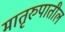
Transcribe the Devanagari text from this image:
मातृरुपातील